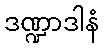
ဒဏ္ဍာဒါနံ